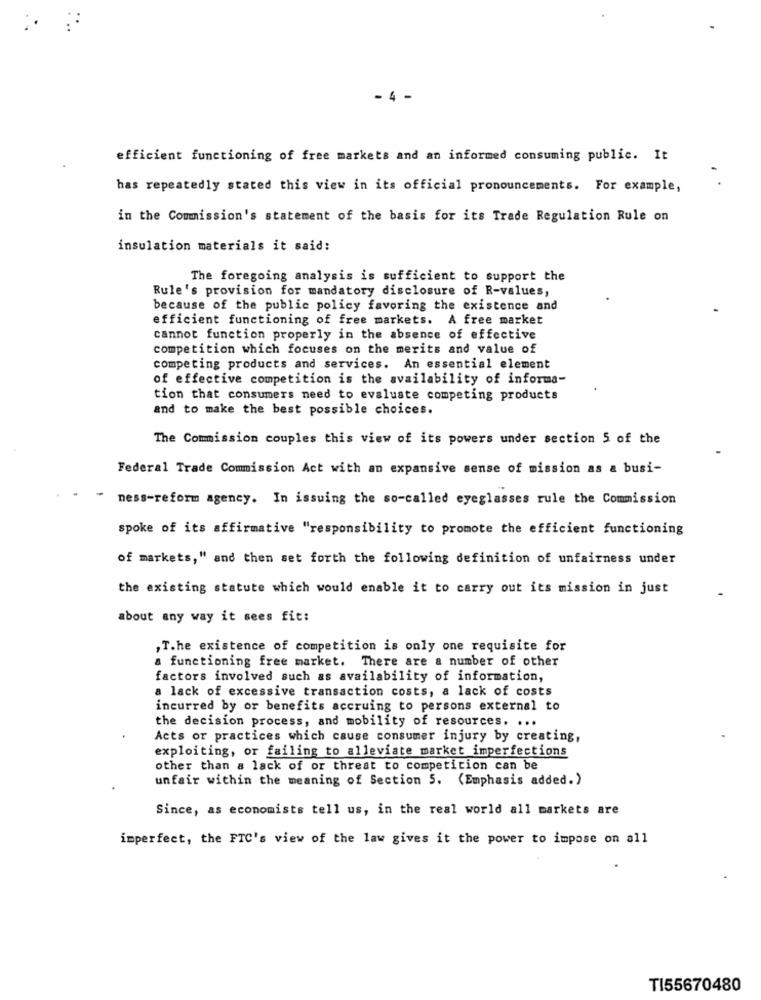
- 4 -
efficient functioning of free markets and an informed consuming public. It
has repeatedly stated this view in its official pronouncements. For example,
in the Commission's statement of the basis for its Trade Regulation Rule on
insulation materials it said:
The foregoing analysis is sufficient to support the
Rule's provision for mandatory disclosure of R-values,
because of the public policy favoring the existence and
efficient functioning of free markets. A free market
cannot function properly in the absence of effective
competition which focuses on the merits and value of
competing products and services. An essential element
of effective competition is the availability of informa-
tion that consumers need to evaluate competing products
and to make the best possible choices.
The Commission couples this view of its powers under section 5 of the
Federal Trade Commission Act with an expansive sense of mission as & busi-
-
ness-reform agency. In issuing the so-called eyeglasses rule the Commission
spoke of its affirmative "responsibility to promote the efficient functioning
of markets," and then set forth the following definition of unfairness under
the existing statute which would enable it to carry out its mission in just
about any way it sees fit:
,T.he existence of competition is only one requisite for
a functioning free market. There are a number of other
factors involved such as availability of information,
a lack of excessive transaction costs, a lack of costs
incurred by or benefits accruing to persons external to
the decision process, and mobility of resources. ...
Acts or practices which cause consumer injury by creating,
exploiting, or failing to alleviate market imperfections
other than & lack of or threat to competition can be
unfair within the meaning of Section 5. (Emphasis added. )
Since, as economists tell us, in the real world all markets are
imperfect, the FTC's view of the law gives it the power to impose on all
TI55670480